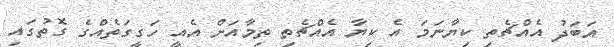
އަބަދު އެއްޗެތި ކިޔާނަމަ އެ ކިޔާ އެއްޗެތި ތިމާއަށް އެއީ ހަގީގަތެއްގެ ގޮތުގައި